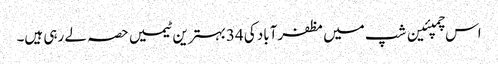
اس چمپئین شپ میں مظفرآباد کی 34بہترین ٹیمیں حصہ لے رہی ہیں۔